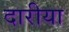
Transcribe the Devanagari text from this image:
दारीया